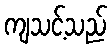
ကျသင့်သည်